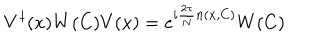
LaTeX: V ^ { \dagger } ( x ) W ( C ) V ( x ) = e ^ { i { \frac { 2 \pi } { N } } n ( x , C ) } W ( C )